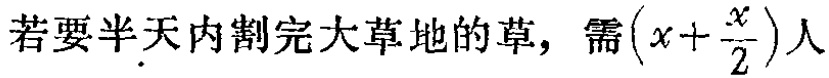
若要半天内割完大草地的草，需\((x+\frac{x}{2})\)人